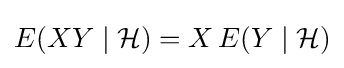
E(XY\mid {\mathcal {H}})=X\,E(Y\mid {\mathcal {H}})